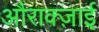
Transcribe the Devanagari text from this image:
औराक्ज़ाई